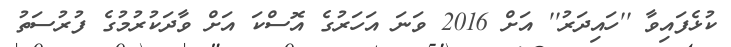
ކުޅެފައިވާ ''ހައިދަރު'' އަށް 2016 ވަނަ އަހަރުގެ އޮސްކަ އަށް ވާދަކުރުމުގެ ފުރުސަތު